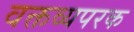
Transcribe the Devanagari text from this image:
वक्तव्यपरक